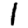
Digit: 1